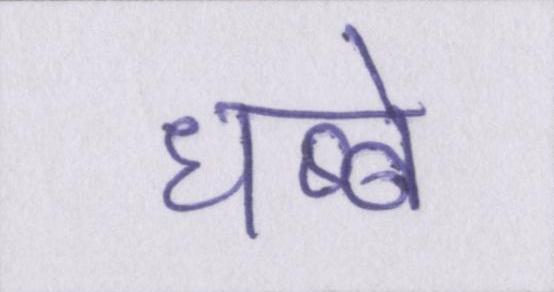
धब्बे